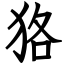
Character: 狢